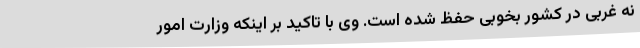
نه غربی در کشور بخوبی حفظ شده است. وی با تاکید بر اینکه وزارت امور